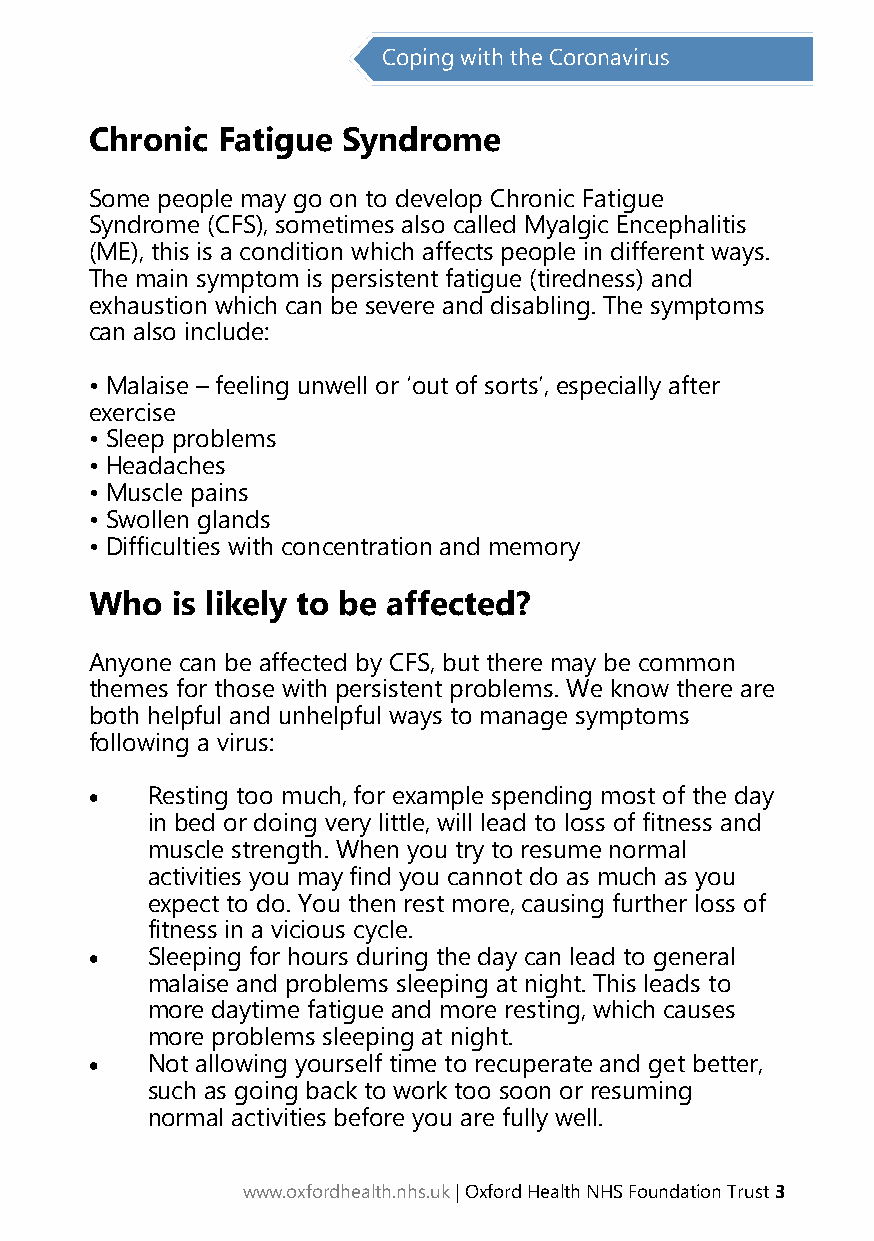
Coping with the Coronavirus
 Chronic Fatigue  Syndrome
 Some people may go on to develop Chronic Fatigue
 Syndrome (CFS), sometimes also called Myalgic Encephalitis
 (ME), this is a condition which affects people in different ways.
 The main symptom is persistent fatigue (tiredness) and
 exhaustion which can be severe and disabling. The symptoms
 can also include:
 • Malaise – feeling unwell or ‘out of sorts’, especially after
 exercise
 • Sleep problems
 • Headaches
 • Muscle pains
 • Swollen glands
 • Difficulties with concentration and memory
 Who  is likely to be affected?
 Anyone can be affected by CFS, but there may be common
 themes for those with persistent problems. We know there are
 both helpful and unhelpful ways to manage symptoms
 following a virus:
 •   Resting too much, for example spending most of the day
 in bed or doing very little, will lead to loss of fitness and
 muscle strength. When you try to resume normal
 activities you may find you cannot do as much as you
 expect to do. You then rest more, causing further loss of
 fitness in a vicious cycle.
 •   Sleeping for hours during the day can lead to general
 malaise and problems sleeping at night. This leads to
 more daytime fatigue and more resting, which causes
 more problems sleeping at night.
 •   Not allowing yourself time to recuperate and get better,
 such as going back to work too soon or resuming
 normal activities before you are fully well.
 www.oxfordhealth.nhs.uk | Oxford Health NHS Foundation Trust 3